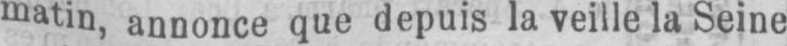
matin, annonce que depuis la veille la Seine